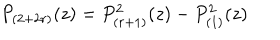
P _ { ( 2 + 2 r ) } ( z ) = P _ { ( r + 1 ) } ^ { 2 } ( z ) - P _ { ( 1 ) } ^ { 2 } ( z )